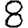
Digit: 8